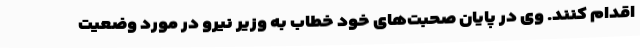
اقدام کنند. وی در پایان صحبت‌های خود خطاب به وزیر نیرو در مورد وضعیت